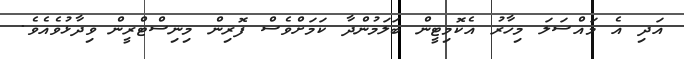
އަދި އެ މައްސަލަ މިހާރު އެކޮމިޓީން ބަލަމުންދާ ކަމަށްވެސް ފޮރިން މިނިސްޓްރީން ވިދާޅުވެއެވެ.